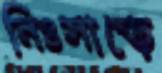
নিঃসাড়ে